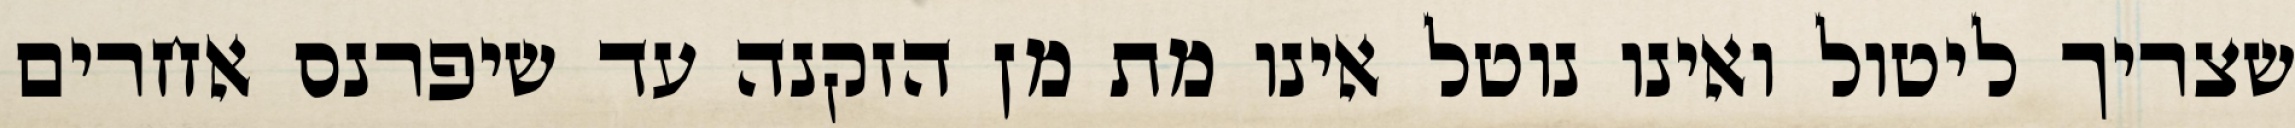
שצריך ליטול ואינו נוטל אינו מת מן הזקנה עד שיפרנס אחרים